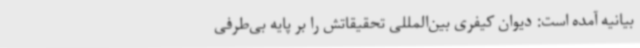
بیانیه آمده است: دیوان کیفری بین‌المللی تحقیقاتش را بر پایه بی‌طرفی